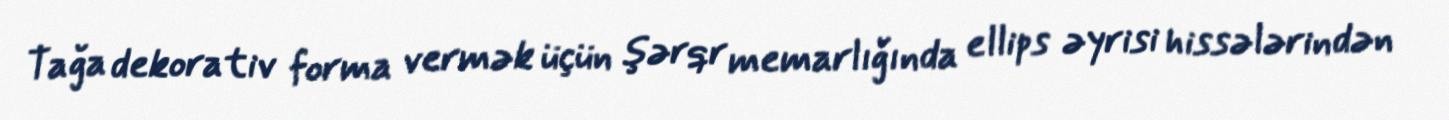
Tağa dekorativ forma vermək üçün şərqr memarlığında ellips əyrisi hissələrindən